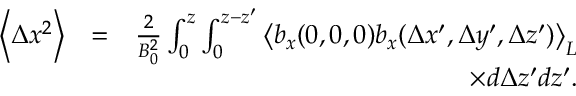
\begin{array} { r l r } { \left\langle \Delta x ^ { 2 } \right\rangle } & { = } & { \frac { 2 } { B _ { 0 } ^ { 2 } } \int _ { 0 } ^ { z } \int _ { 0 } ^ { z - { z } ^ { \prime } } \left\langle b _ { x } ( 0 , 0 , 0 ) b _ { x } ( \Delta x ^ { \prime } , \Delta y ^ { \prime } , \Delta z ^ { \prime } ) \right\rangle _ { L } } \\ & { } & { \times d \Delta z ^ { \prime } d { z } ^ { \prime } . } \end{array}